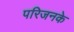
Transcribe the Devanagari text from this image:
परिजनके